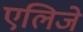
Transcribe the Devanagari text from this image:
एलिजे